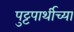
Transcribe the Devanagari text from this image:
पुट्टपार्थीच्या